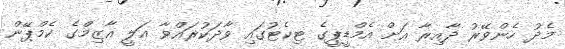
މެދު ހެންވޭރު ދާއިރާ އަށް އެމްޑީޕީގެ ޓިކެޓުގައި ވާދަކުރައްވާ އަލީ އާޒިމްގެ ކެމްޕޭން